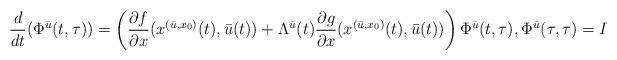
LaTeX: \begin{align*}\frac{d}{dt}(\Phi^{\bar{u}}(t,\tau)) = \left( \frac{\partial f}{\partial x}(x^{(\bar{u},x_0)}(t),\bar{u}(t)) + \Lambda^{\bar{u}}(t)\frac{\partial g}{\partial x}(x^{(\bar{u},x_0)}(t),\bar{u}(t))\right) \Phi^{\bar{u}}(t,\tau),\Phi^{\bar{u}}(\tau,\tau) = I\end{align*}